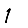
Digit: 1